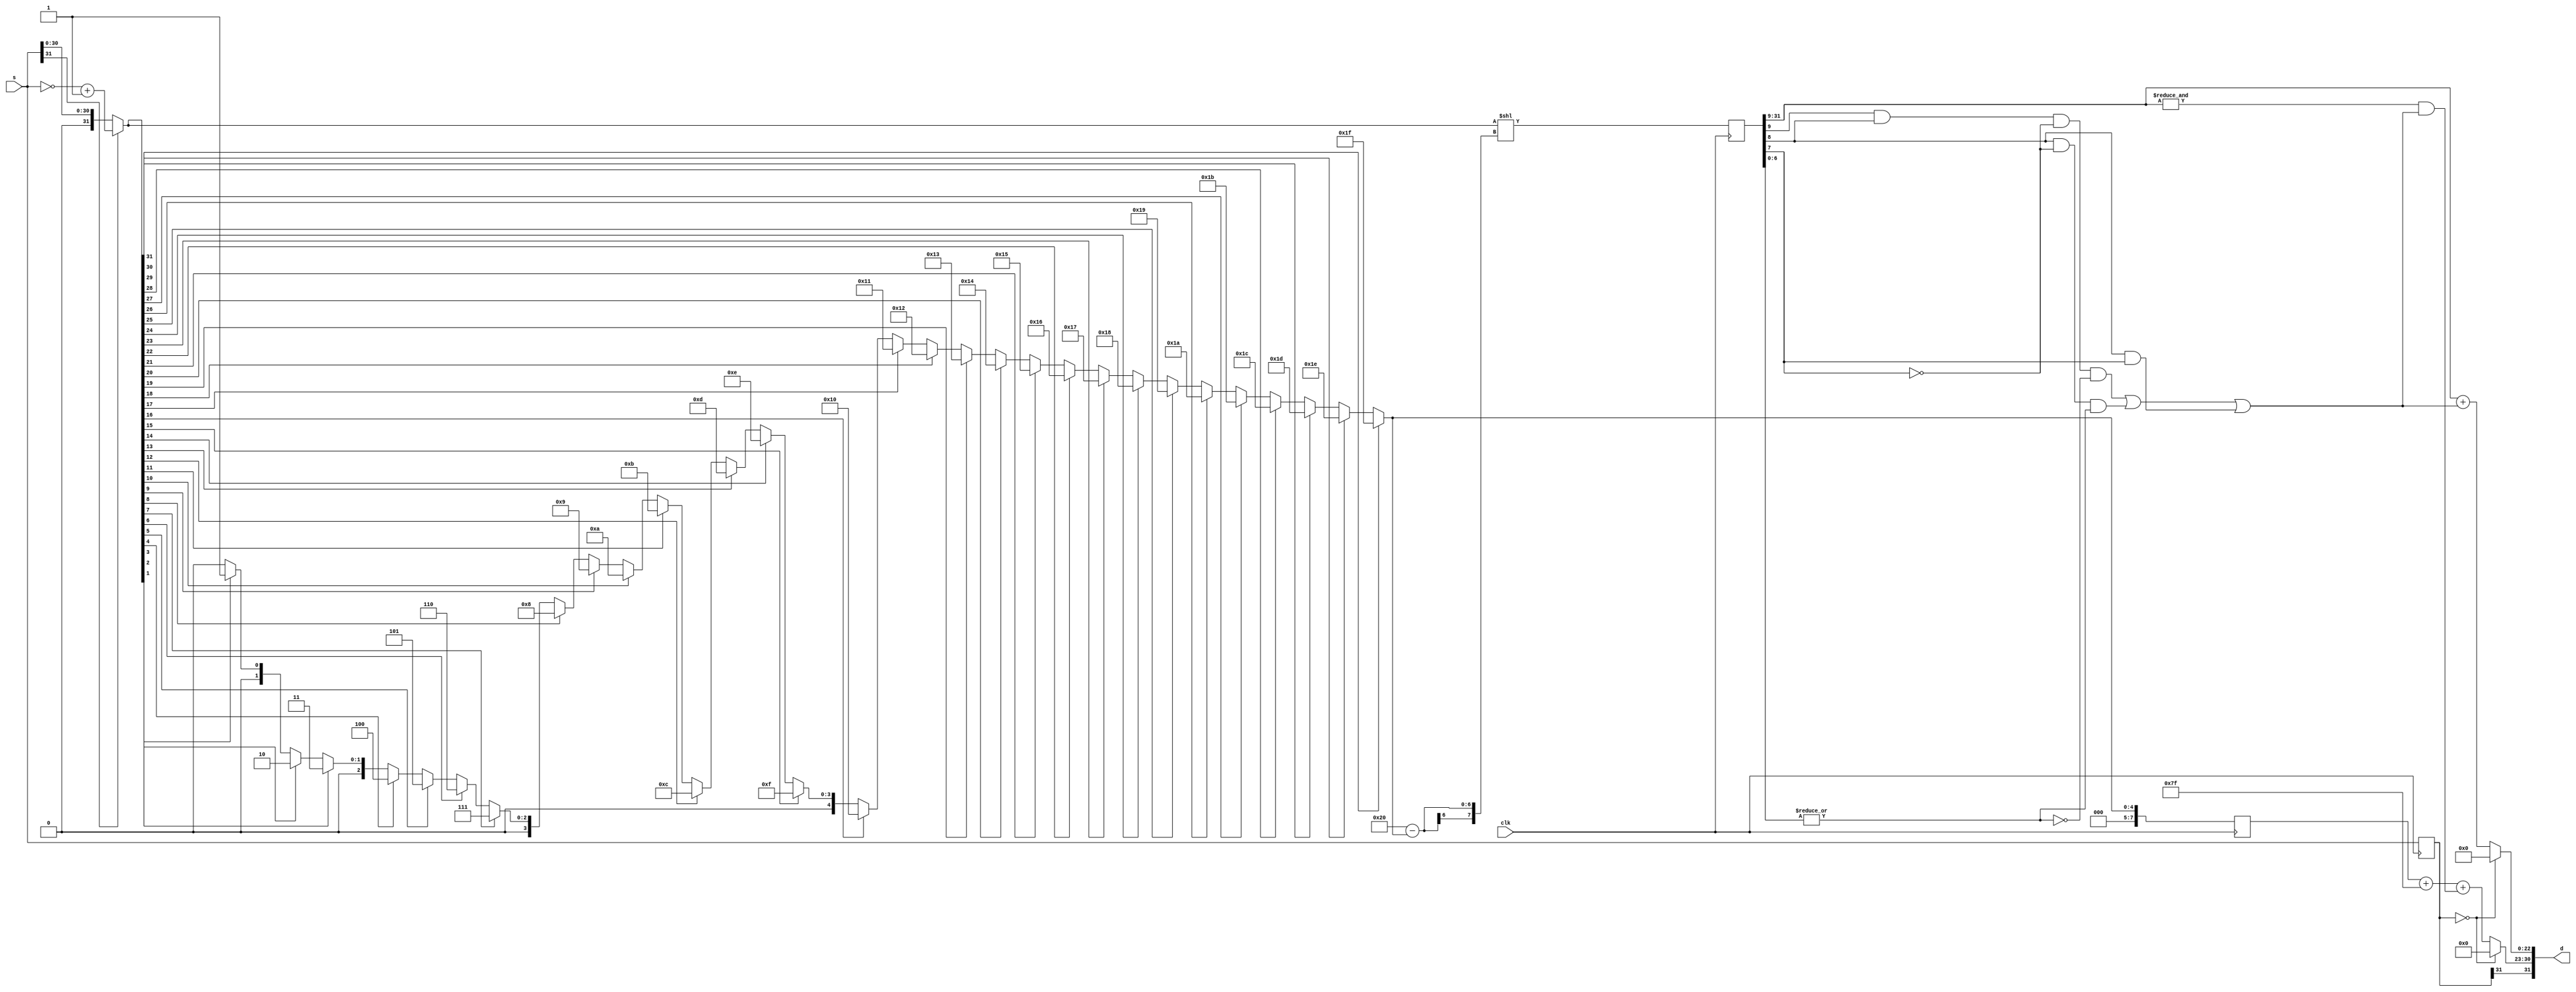
// NOTE: Itof
module itof(
  input wire clk,
  input wire [31:0] s,
  output wire [31:0] d
);

wire [7:0] exponent_d_minus127, exponent_d, shift;
wire [22:0] mantissa_d;

// 
wire [31:0] abs_s;
assign abs_s = s[31] ? ~s + 32'd1 : s;

assign exponent_d_minus127 =
    abs_s[31] ? 8'd31 :
    abs_s[30] ? 8'd30 :
    abs_s[29] ? 8'd29 :
    abs_s[28] ? 8'd28 :
    abs_s[27] ? 8'd27 :
    abs_s[26] ? 8'd26 :
    abs_s[25] ? 8'd25 :
    abs_s[24] ? 8'd24 :
    abs_s[23] ? 8'd23 :
    abs_s[22] ? 8'd22 :
    abs_s[21] ? 8'd21 :
    abs_s[20] ? 8'd20 :
    abs_s[19] ? 8'd19 :
    abs_s[18] ? 8'd18 :
    abs_s[17] ? 8'd17 :
    abs_s[16] ? 8'd16 :
    abs_s[15] ? 8'd15 :
    abs_s[14] ? 8'd14 :
    abs_s[13] ? 8'd13 :
    abs_s[12] ? 8'd12 :
    abs_s[11] ? 8'd11 :
    abs_s[10] ? 8'd10 :
    abs_s[9] ? 8'd9 :
    abs_s[8] ? 8'd8 :
    abs_s[7] ? 8'd7 :
    abs_s[6] ? 8'd6 :
    abs_s[5] ? 8'd5 :
    abs_s[4] ? 8'd4 :
    abs_s[3] ? 8'd3 :
    abs_s[2] ? 8'd2 :
    abs_s[1] ? 8'd1 : 8'd0;

assign shift = 8'd32 - exponent_d_minus127;

wire [31:0] tmp0;
reg [31:0] tmp, s1, exp1;
assign tmp0 = abs_s << shift;

// NOTE: 
wire ulp, guard, round, sticky, flag, carry;
assign ulp = tmp[9:9];
assign guard = tmp[8:8];
assign round = tmp[7:7];
assign sticky = |(tmp[6:0]);
assign flag = 
    (ulp && guard && (~round) && (~sticky)) ||
    (guard && (~round) && sticky) ||
    (guard && round);
assign carry = &(tmp[31:9]) && flag;

wire d_is_zero;
assign d_is_zero = (s1 == 32'b0);

assign exponent_d =
    d_is_zero ? 32'b0 : exp1 + 8'd127 + carry;
assign mantissa_d =
    d_is_zero ? 32'b0 : tmp[31:9] + {22'b0, flag};

assign d = {s1[31], exponent_d, mantissa_d};

always @(posedge clk) begin
    tmp <= tmp0;
    s1 <= s;
    exp1 <= exponent_d_minus127;
end

endmodule